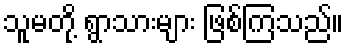
သူမတို့ ရွာသားများ ဖြစ်ကြသည်။